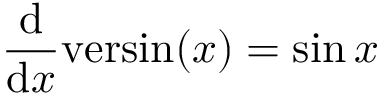
{ \frac { \mathrm { d } } { \mathrm { d } x } } \mathrm { v e r s i n } ( x ) = \sin { x }